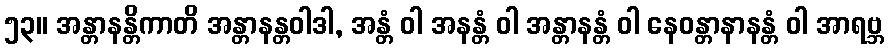
၅၃။ အန္တာနန္တိကာတိ အန္တာနန္တဝါဒါ, အန္တံ ဝါ အနန္တံ ဝါ အန္တာနန္တံ ဝါ နေဝန္တာနာနန္တံ ဝါ အာရဗ္ဘ